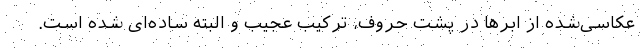
عکاسی‌شده از ابرها در پشت حروف، ترکیب عجیب و البته ساده‌ای شده است.